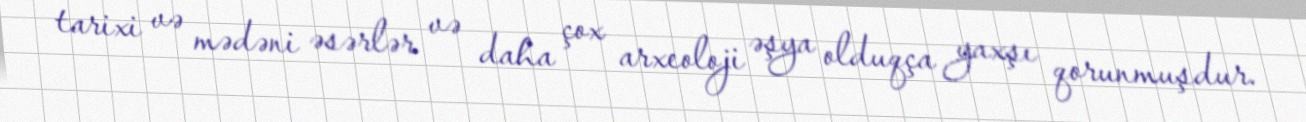
tarixi və mədəni əsərlər və daha çox arxeoloji əşya olduqça yaxşı qorunmuşdur.